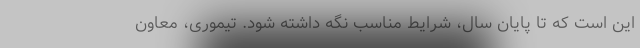
این است که تا پایان سال، شرایط مناسب نگه داشته شود. تیموری، معاون